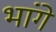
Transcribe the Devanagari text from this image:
भांगे